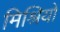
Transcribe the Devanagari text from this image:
मिश्रियों